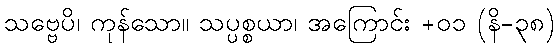
သဗ္ဗေပိ၊ ကုန်သော။ သပ္ပစ္စယာ၊ အကြောင်း +၀၁ (နိ-၃၈)